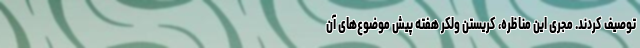
توصیف کردند. مجری این مناظره، کریستن وِلکِر هفته پیش موضوع‌های آن